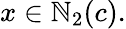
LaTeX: x\in\mathbb{N}_{2}(c).